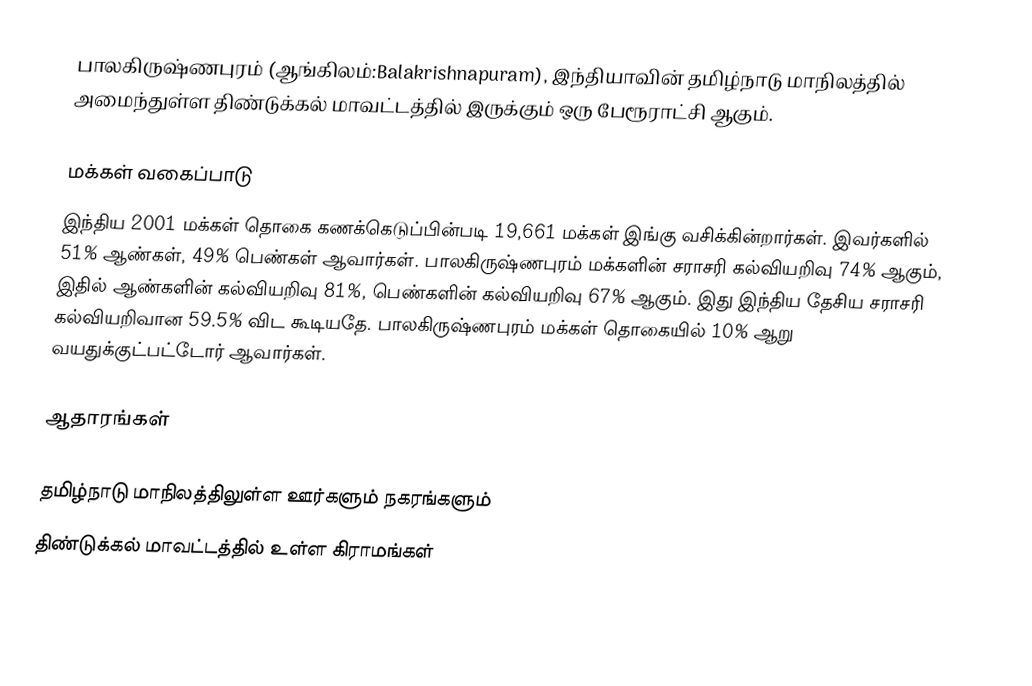
பாலகிருஷ்ணபுரம் (ஆங்கிலம்:Balakrishnapuram), இந்தியாவின் தமிழ்நாடு மாநிலத்தில் அமைந்துள்ள திண்டுக்கல் மாவட்டத்தில் இருக்கும் ஒரு பேரூராட்சி ஆகும்.

மக்கள் வகைப்பாடு
இந்திய 2001 மக்கள் தொகை கணக்கெடுப்பின்படி 19,661 மக்கள் இங்கு வசிக்கின்றார்கள். இவர்களில் 51% ஆண்கள், 49% பெண்கள் ஆவார்கள். பாலகிருஷ்ணபுரம் மக்களின் சராசரி கல்வியறிவு 74% ஆகும்,  இதில் ஆண்களின் கல்வியறிவு 81%,  பெண்களின் கல்வியறிவு 67% ஆகும். இது இந்திய தேசிய சராசரி கல்வியறிவான 59.5% விட கூடியதே. பாலகிருஷ்ணபுரம் மக்கள் தொகையில் 10%  ஆறு வயதுக்குட்பட்டோர் ஆவார்கள்.

ஆதாரங்கள்

தமிழ்நாடு மாநிலத்திலுள்ள ஊர்களும் நகரங்களும்
திண்டுக்கல் மாவட்டத்தில் உள்ள கிராமங்கள்